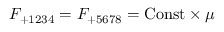
F _ { + 1 2 3 4 } = F _ { + 5 6 7 8 } = \mathrm { C o n s t } \times \mu